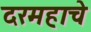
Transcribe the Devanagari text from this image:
दरमहाचे